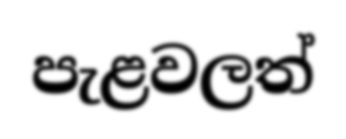
පැළවලත්